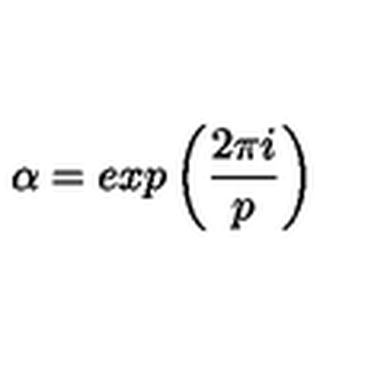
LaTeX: \alpha = e x p \left( \frac { 2 \pi i } { p } \right)